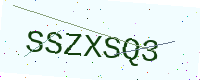
Text: SSZXSQ3